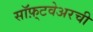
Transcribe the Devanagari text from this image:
सॉफ़्टवेअरची